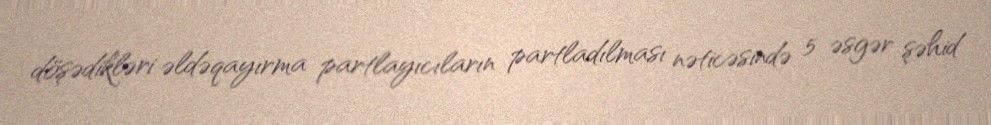
döşədikləri əldəqayırma partlayıcıların partladılması nəticəsində 5 əsgər şəhid